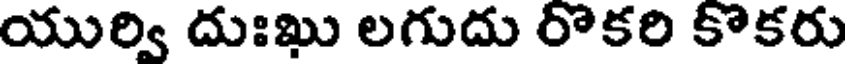
యుర్వి దుఃఖు లగుదు రొకరి కొకరు